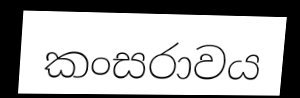
කංසරාවය